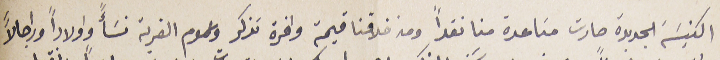
الكنيسَه الجديدة صارت مسَاعدة منا نقداً ومن خلافنا قيمة وافرة تذكر وعموم القربة نسَأً واولاداً وراجالاً